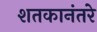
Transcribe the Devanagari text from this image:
शतकानंतरे